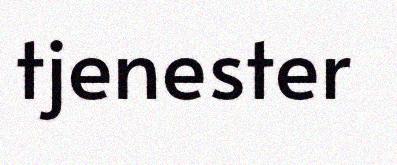
tjenester